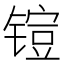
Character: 𮸜